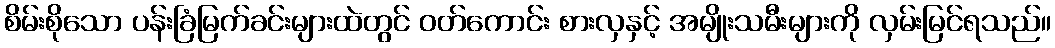
စိမ်းစိုသော ပန်းခြံမြက်ခင်းများထဲတွင် ဝတ်ကောင်း စားလှနှင့် အမျိုးသမီးများကို လှမ်းမြင်ရသည်။